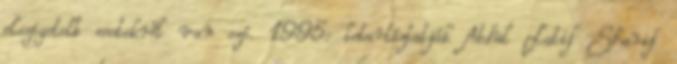
elszigetelt esetekről van szó. 1995: letartóztatják Abdul Latif Sharif